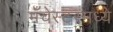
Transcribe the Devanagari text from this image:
मँचेस्टरमध्ये